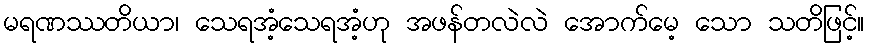
မရဏဿတိယာ၊ သေရအံ့သေရအံ့ဟု အဖန်တလဲလဲ အောက်မေ့ သော သတိဖြင့်။